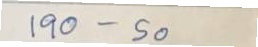
190 - 50